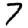
Digit: 7